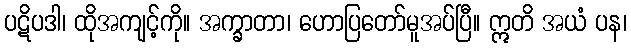
ပဋိပဒါ၊ ထိုအကျင့်ကို။ အက္ခာတာ၊ ဟောပြတော်မူအပ်ပြီ။ ဣတိ အယံ ပန၊